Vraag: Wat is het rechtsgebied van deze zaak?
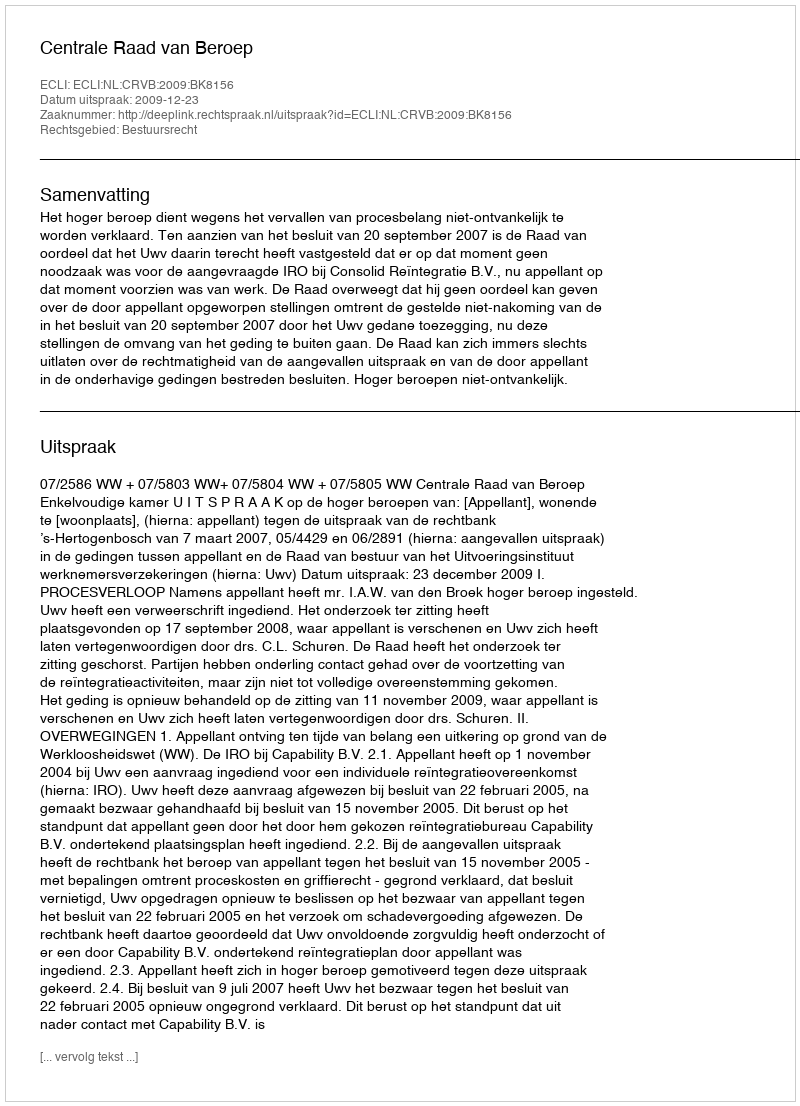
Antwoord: Bestuursrecht